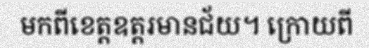
មកពីខេត្តឧត្តរមានជ័យ។ ក្រោយពី